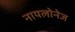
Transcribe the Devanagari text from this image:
नायलोनेज